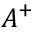
A ^ { + }